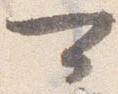
可